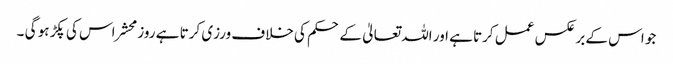
جو اس کے بر عکس عمل کرتا ہے اور اللہ تعالیٰ کے حکم کی خلاف ورزی کرتا ہے روز محشر اس کی پکڑ ہو گی ۔